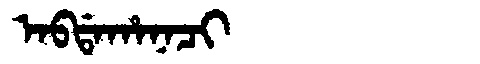
Manchu: ᠠᠪᡩᠠᡥᠠᠨᠠᠴᡳ
Romanization: ABDAHANACI